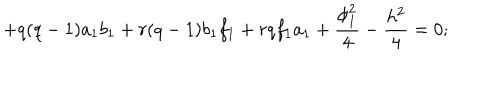
+ q ( q - 1 ) a _ { 1 } b _ { 1 } + r ( q - 1 ) b _ { 1 } f _ { 1 } + r q f _ { 1 } a _ { 1 } + \frac { \phi _ { 1 } ^ { 2 } } { 4 } - \frac { h ^ { 2 } } { 4 } = 0 ;